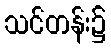
သင်တန်း၌